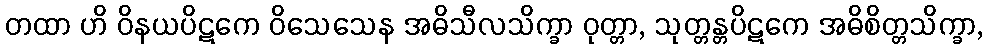
တထာ ဟိ ဝိနယပိဋကေ ဝိသေသေန အဓိသီလသိက္ခာ ဝုတ္တာ, သုတ္တန္တပိဋကေ အဓိစိတ္တသိက္ခာ,